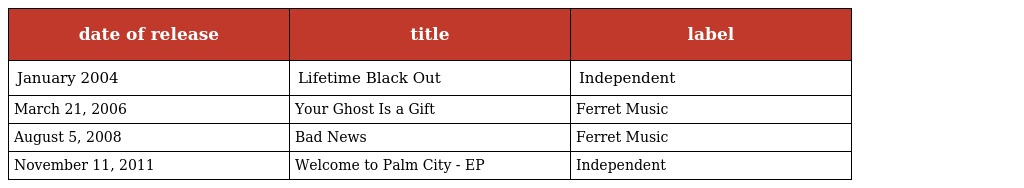
| date of release | title | label |
 | --- | --- | --- |
 | January 2004 | Lifetime Black Out | Independent |
 | March 21, 2006 | Your Ghost Is a Gift | Ferret Music |
 | August 5, 2008 | Bad News | Ferret Music |
 | November 11, 2011 | Welcome to Palm City - EP | Independent |